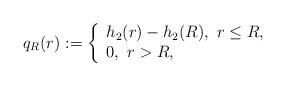
LaTeX: \begin{align*}q_{R}(r):=\left\{\begin{array}{ll} h_{2}(r)-h_{2}(R),\,\,r\leq R,\\ 0, \,\,r>R, \\\end{array}\right.\end{align*}